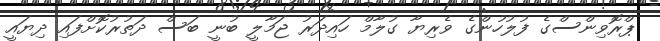
ޕްރޮވިންސްގެ ފުލުހުންގެ ވެރިޔާ ގުލާމް ހައިދަރު ޖަމާލީ ބުނީ ބަސް ދަތުރުކޮށްފައި ދިޔައީ